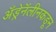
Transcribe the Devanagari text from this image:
अँड्रेनॅलीनकडून